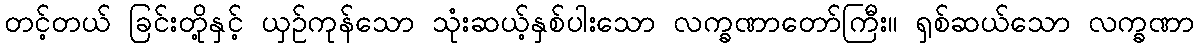
တင့်တယ် ခြင်းတို့နှင့် ယှဉ်ကုန်သော သုံးဆယ့်နှစ်ပါးသော လက္ခဏာတော်ကြီး။ ရှစ်ဆယ်သော လက္ခဏာ